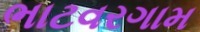
ભાટવરગામ